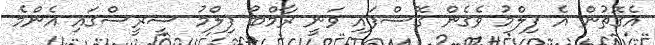
އެގޮތުން އެ ފިލްމު ވެގެން ގޮސްފައި ވަނީ ރާމްބޯ ފިލްމު ސީރީސްގައި އެންމެ